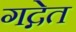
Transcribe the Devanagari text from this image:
गद्गेत